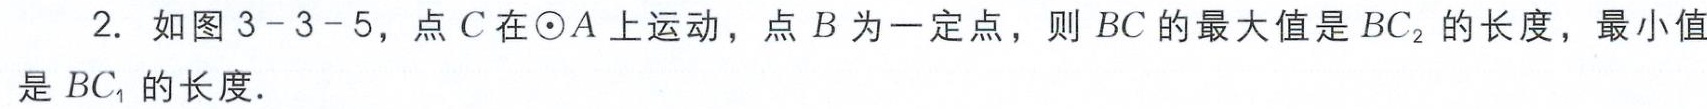
2. 如图3-3-5，点\(C\)在\(\odot A\)上运动，点\(B\)为一定点，则\(BC\)的最大值是\(BC_{2}\)的长度，最小值是\(BC_{1}\)的长度.